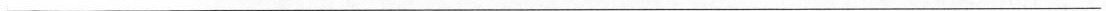
___